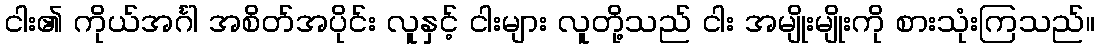
ငါး၏ ကိုယ်အင်္ဂါ အစိတ်အပိုင်း လူနှင့် ငါးများ လူတို့သည် ငါး အမျိုးမျိုးကို စားသုံးကြသည်။